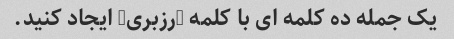
یک جمله ده کلمه ای با کلمه "رزبری" ایجاد کنید.